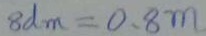
8 d m = 0 . 8 m